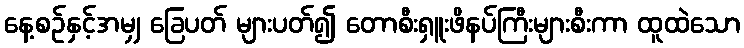
နေ့စဉ်နှင့်အမျှ ခြေပတ် များပတ်၍ တောစီးရှူးဖိနပ်ကြီးများစီးကာ ထူထဲသော